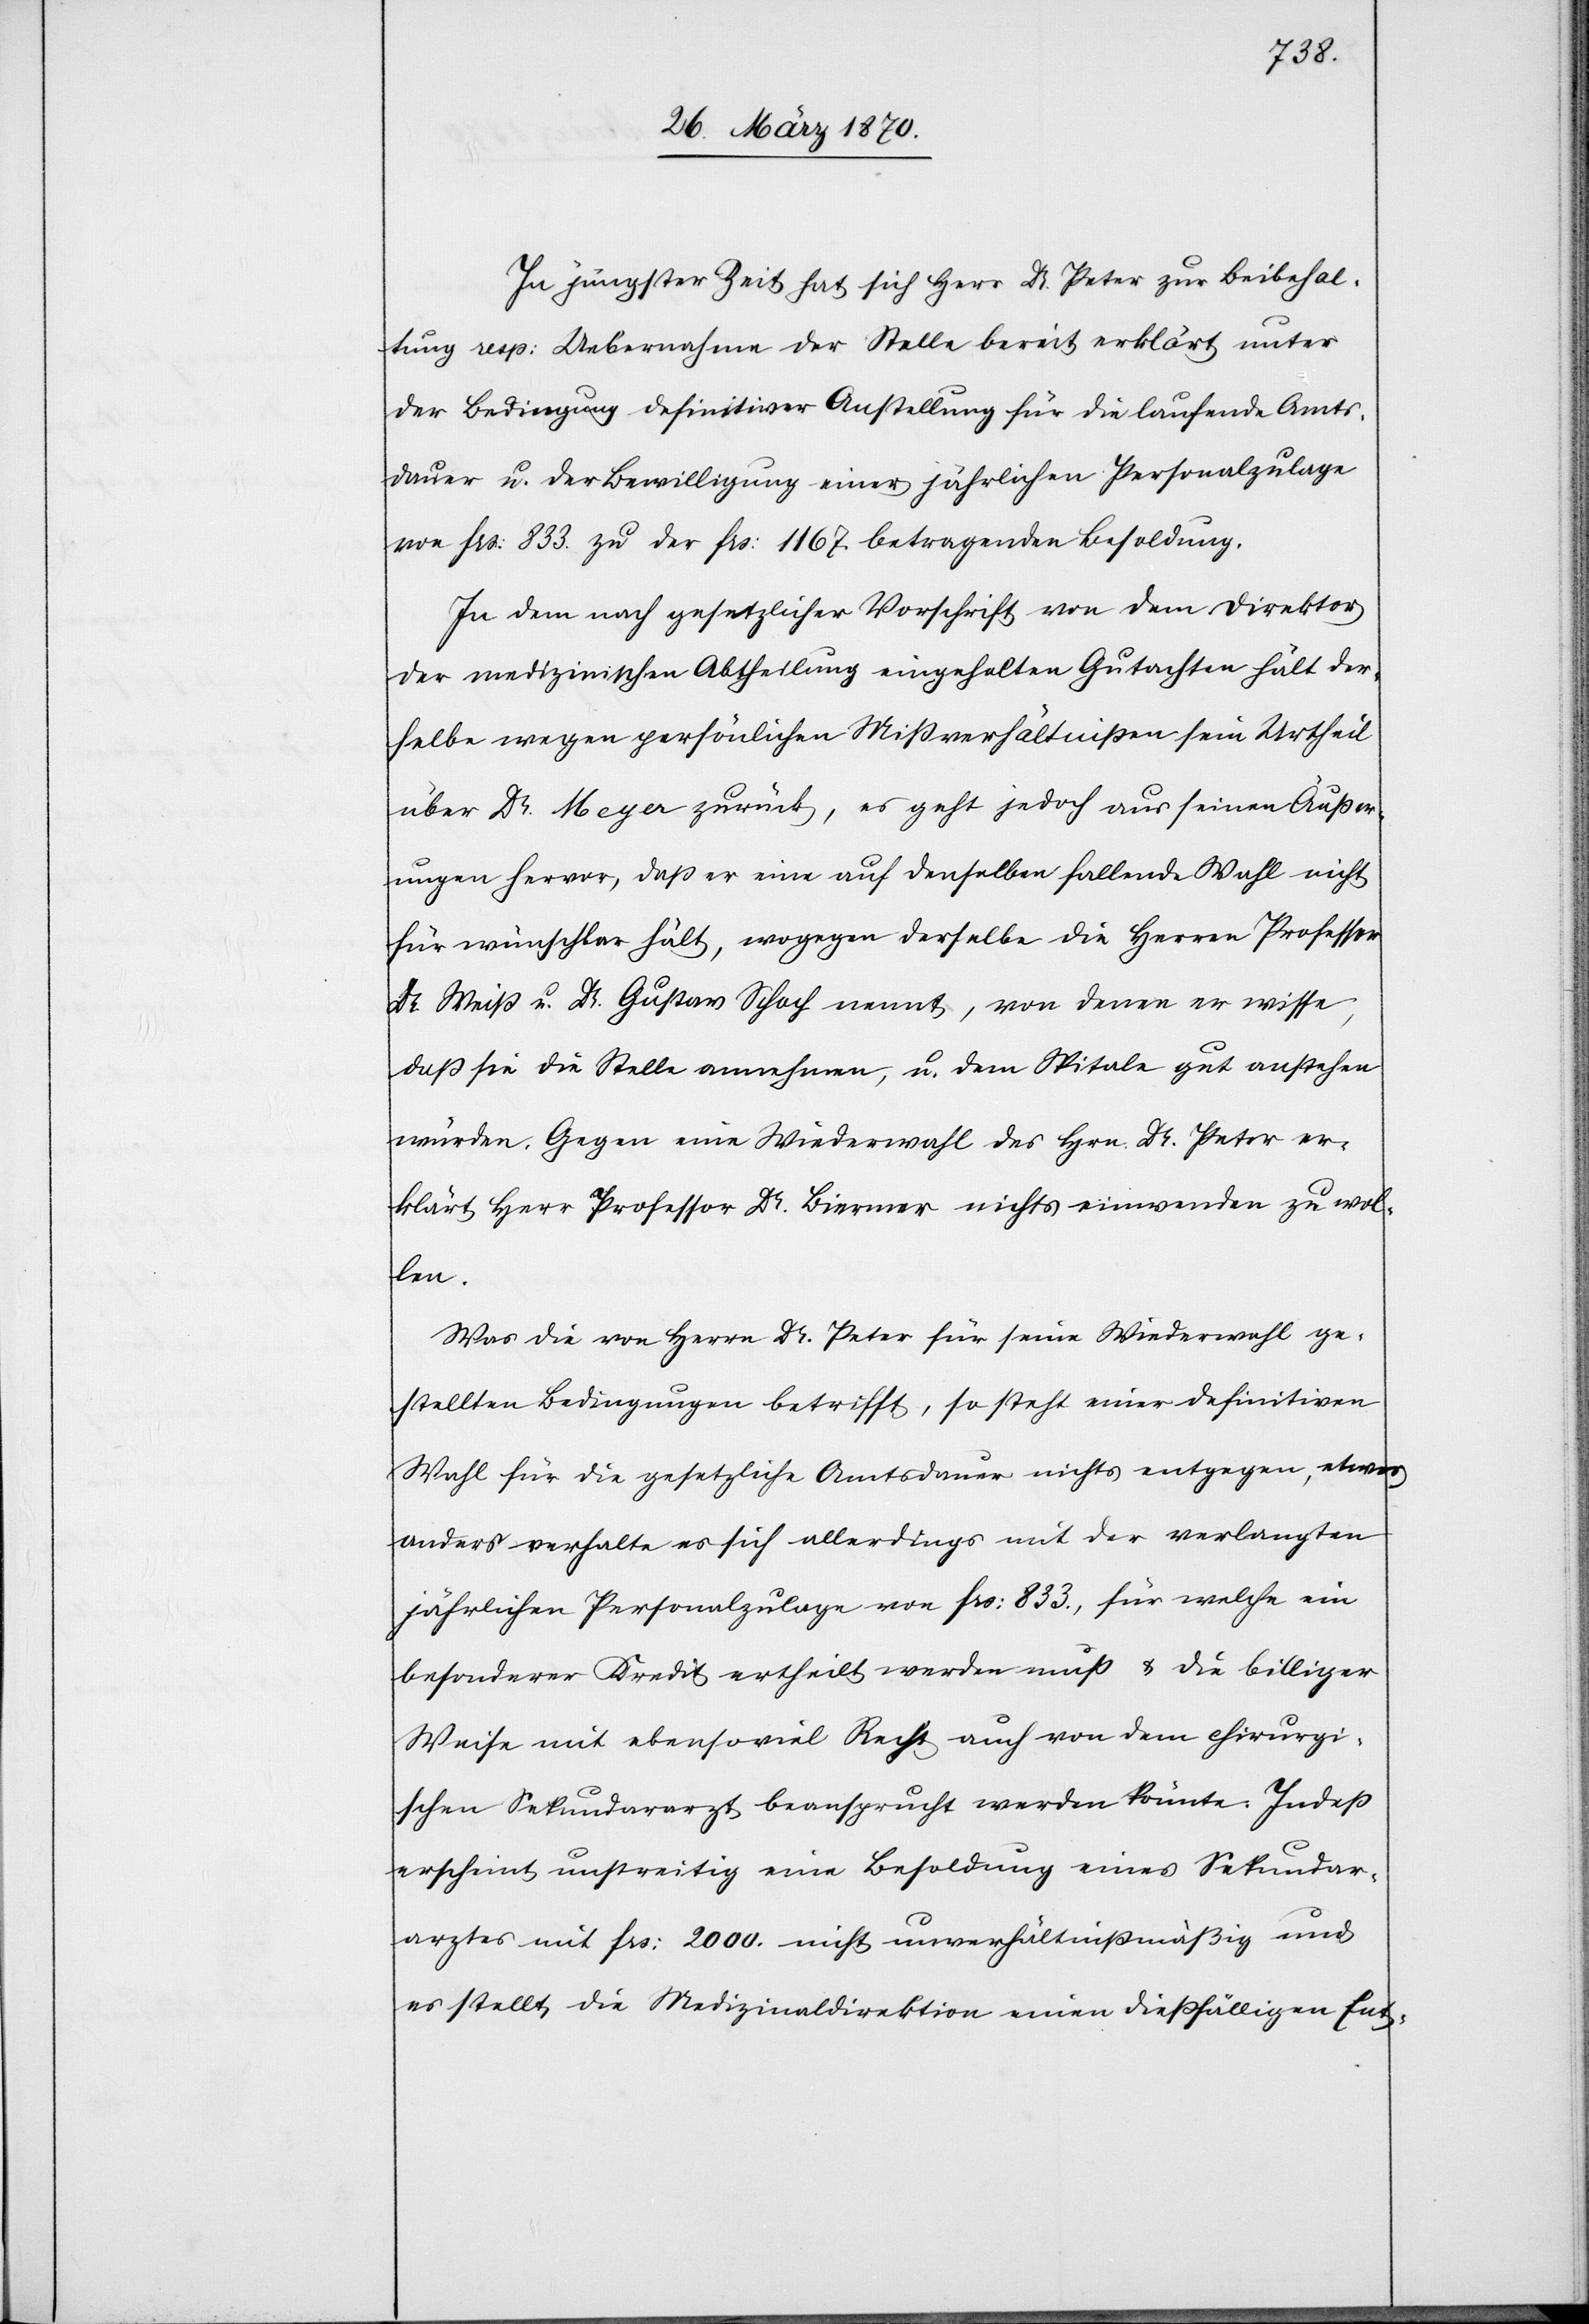
In jüngster Zeit hat sich Herr Dr. Peter zur Beibehal¬
tung resp: Uebernahme der Stelle bereit erklärt unter
der Bedingung definitiver Anstellung für die laufende Amts¬
dauer u. der Bewilligung einer jährlichen Personalzulage
von frs: 833. zu der frs: 1167. betragenden Besoldung.
In dem nach gesetzlicher Vorschrift von dem Direktor
der medizinischen Abtheilung eingeholten Gutachten hält der¬
selbe wegen persönlichen Mißverhältnißen sein Urtheil
über Dr. Meyer zurück, es geht jedoch aus seinen Äußer¬
ungen hervor, daß er eine auf denselben fallenden Wahl nicht
für wünschbar hält, wogegen derselbe die Herren Professor
Dr. Weiß u. Dr. Gustav Schoch nennt, von denen er wisse,
daß sie die Stelle annehmen, u. dem Spitale gut anstehen
würden. Gegen eine Wiederwahl des Hrn. Dr. Peter er¬
klärt Herr Professor Dr. Biermer nichts einwenden zu wol¬
len.
Was die von Herrn Dr. Peter für seine Wiederwahl ge¬
stellten Bedingungen betrifft, so steht einer definitiven
Wahl für die gesetzliche Amtsdauer nichts entgegen, etwas
anders verhalte es sich allerdings mit der verlangten
jährlichen Personalzulage von frs: 833., für welche ein
besonderer Kredit ertheilt werden muß & die billiger
Weise mit ebensoviel Recht auch von dem chirurgi¬
schen Sekundararzt beansprucht werden könnte. Indeß
erscheint unstreitig eine Besoldung eines Sekundar¬
arztes mit frs: 2000. nicht unverhältnißmäßig und
es stellt die Medizinaldirektion einen dießfälligen Ent-